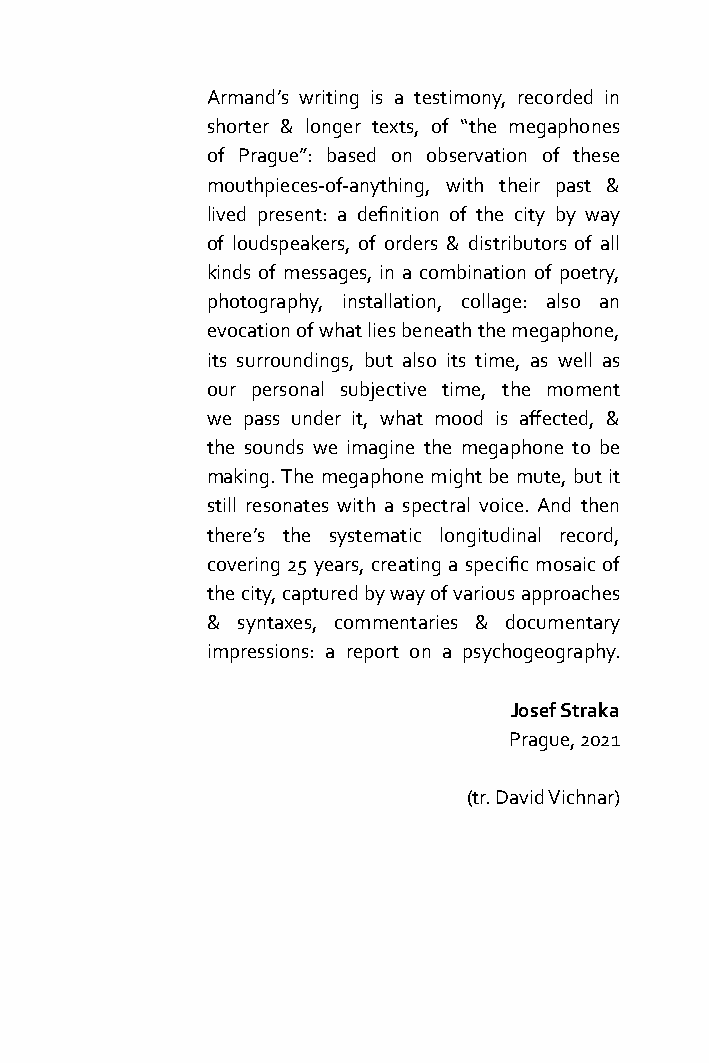
Armand’s writing is a testimony, recorded in
 shorter & longer texts, of “the megaphones
 of Prague”: based on observation of these
 mouthpieces-of-anything, with their past &
 lived present: a defi nition of the city by way
 of loudspeakers, of orders & distributors of all
 kinds of messages, in a combination of poetry,
 photography, installation, collage: also an
 evocation of what lies beneath the megaphone,
 its surroundings, but also its time, as well as
 our personal subjective time, the moment
 we pass under it, what mood is aff ected, &
 the sounds we imagine the megaphone to be
 making. The megaphone might be mute, but it
 still resonates with a spectral voice. And then
 there’s the systematic longitudinal record,
 covering 25 years, creating a specifi c mosaic of
 the city, captured by way of various approaches
 & syntaxes, commentaries & documentary
 impressions: a report on a psychogeography.
 Josef Straka
 Prague, 2021
 (tr. David Vichnar)
 A3